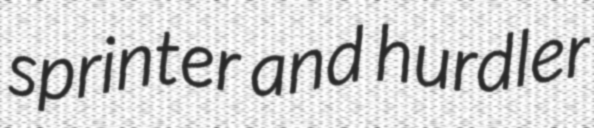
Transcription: sprinter and hurdler